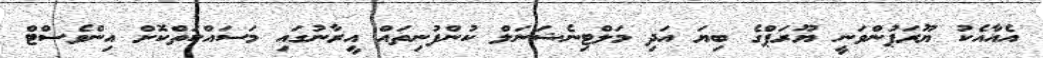
އެއާއެކު ޔޫރަޕުންވަނީ ޔޫރަޕްގެ ބިޔަ އަދި މަލްޓިނެޝަނަލް ކުންފުނިތައް އީރާނުގައި މަސައްކަތްކޮޮށް އިންވެސްޓް